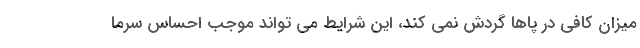
میزان کافی در پاها گردش نمی کند، این شرایط می تواند موجب احساس سرما